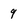
Character: 9